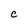
Character: C